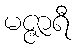
မဇ္ဇာရီ